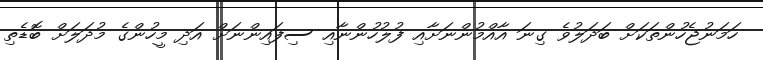
ހަމަނުޖެހުންތަކަށް ބަދަލުވެ ގިނަ އާއްމުންނަށާއި ފުލުހުންނާއި ސިފައިންނަށް އަދި މީހުންގެ މުދަލަށް ބޮޑެތި